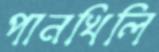
পানখিলি